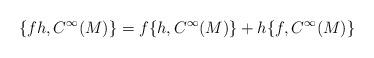
LaTeX: \begin{align*}\{fh,C^\infty(M)\} = f\{h,C^\infty(M)\} + h\{f,C^\infty(M)\}\end{align*}